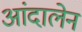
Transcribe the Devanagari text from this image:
आंदालेन